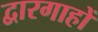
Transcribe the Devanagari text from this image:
द्वारगाहों